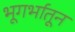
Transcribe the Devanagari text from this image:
भूगर्भातून